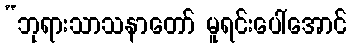
“ဘုရားသာသနာတော် မူရင်းပေါ်အောင်